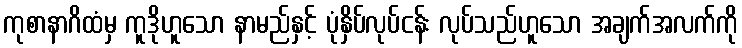
ကုစာနာဂိထံမှ ကူဒိုဟူသော နာမည်နှင့် ပုံနှိပ်လုပ်ငန်း လုပ်သည်ဟူသော အချက်အလက်ကို